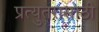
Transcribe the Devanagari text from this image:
प्रत्युतरासाठी